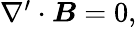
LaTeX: \begin{array}{r}{\nabla^{\prime}\cdot\boldsymbol{B}=0,}\end{array}